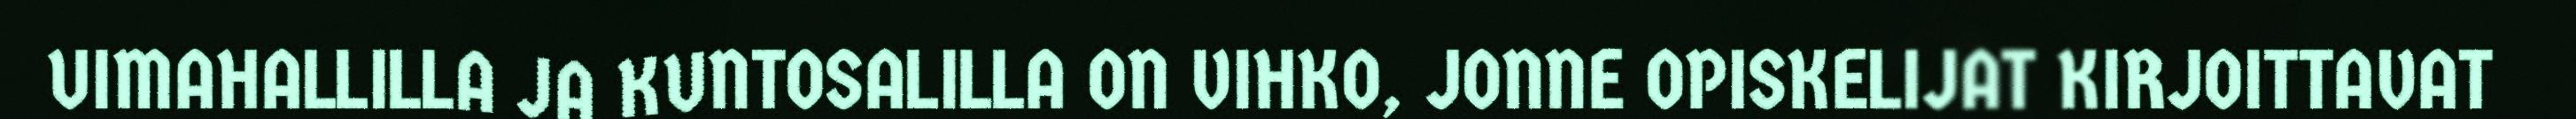
UIMAHALLILLA JA KUNTOSALILLA ON VIHKO, JONNE OPISKELIJAT KIRJOITTAVAT